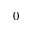
_ { 0 }